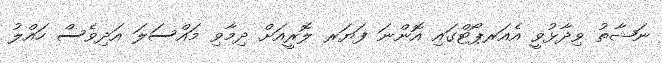
ނަޝާތު ވިދާޅުވީ އެއަރޕޯޓްގައި އޮންނަ ފަޔަރ ލޮރީއަށް ދިމާވި މައްސަލަ އަދިވެސް ހައްލު